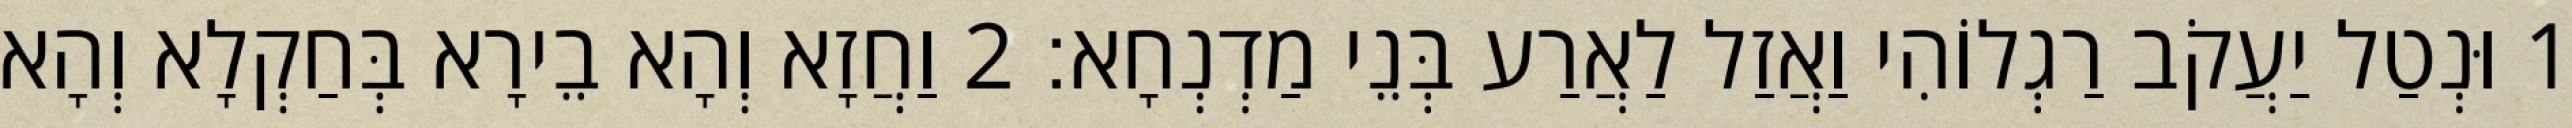
1 וּנְטַל יַעֲקֹב רַגְלוֹהִי וַאֲזַל לַאֲרַע בְּנֵי מַדְנְחָא׃ 2 וַחֲזָא וְהָא בֵירָא בְּחַקְלָא וְהָא